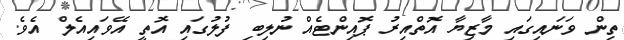
ތިން ވަނައިގައި މާޒިޔާ އޮތްއިރު ޕޮއިންޓެއް ނުލިބި ފުލުގައި އޮތީ އޭވައިއެލް އެވެ.